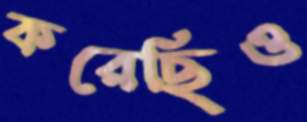
করেছিও